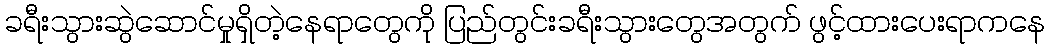
ခရီးသွားဆွဲဆောင်မှုရှိတဲ့နေရာတွေကို ပြည်တွင်းခရီးသွားတွေအတွက် ဖွင့်ထားပေးရာကနေ